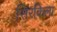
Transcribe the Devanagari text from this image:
सिरकिला